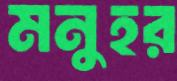
মনুহর